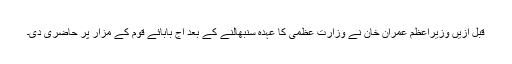
قبل ازیں وزیراعظم عمران خان نے وزارت عظمی کا عہدہ سنبھالنے کے بعد آج بابائے قوم کے مزار پر حاضری دی۔